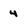
Character: 4